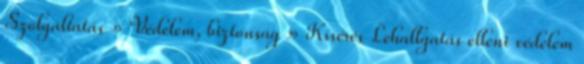
Szolgáltatás » Védelem, biztonság » Kísérés Lehallgatás elleni védelem